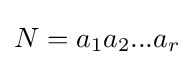
N=a_{1}a_{2}...a_{r}